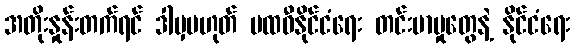
အတိုးနှုန်းတက်ရင် ဒါမှမဟုတ် ပထဝီနိုင်ငံရေး တင်းမာမှုတွေနဲ့ နိုင်ငံရေး